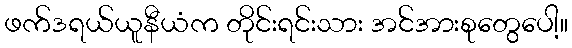
ဖက်ဒရယ်ယူနီယံက တိုင်းရင်းသား အင်အားစုတွေပေါ့။